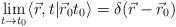
LaTeX: \begin{align*}\lim_{t \rightarrow t_0} \langle \vec{r}, t \vert\vec{r}_0t_0\rangle = \delta ( \vec{r}-\vec{r}_0)\end{align*}